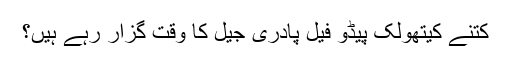
کتنے کیتھولک پیڈو فیل پادری جیل کا وقت گزار رہے ہیں؟